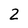
Character: 2